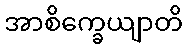
အာစိက္ခေယျာတိ